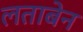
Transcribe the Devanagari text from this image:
लताबेन